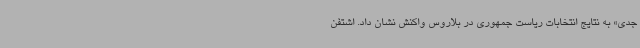
جدی» به نتایج انتخابات ریاست جمهوری در بلاروس واکنش نشان داد. اشتفن